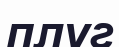
плуг